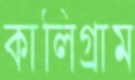
কালিগ্রাম